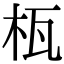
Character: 𣐎